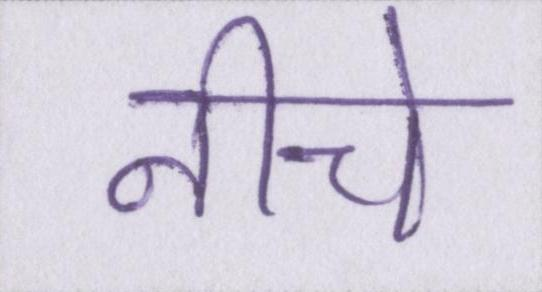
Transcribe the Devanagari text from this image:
नीचे